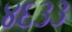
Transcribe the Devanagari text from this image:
४६३३